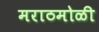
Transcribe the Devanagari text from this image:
मराठमोळी